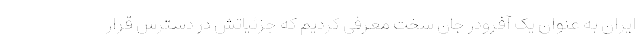
ایران به عنوان یک آفرودر جان سخت معرفی کردیم که جزئیاتش در دسترس قرار